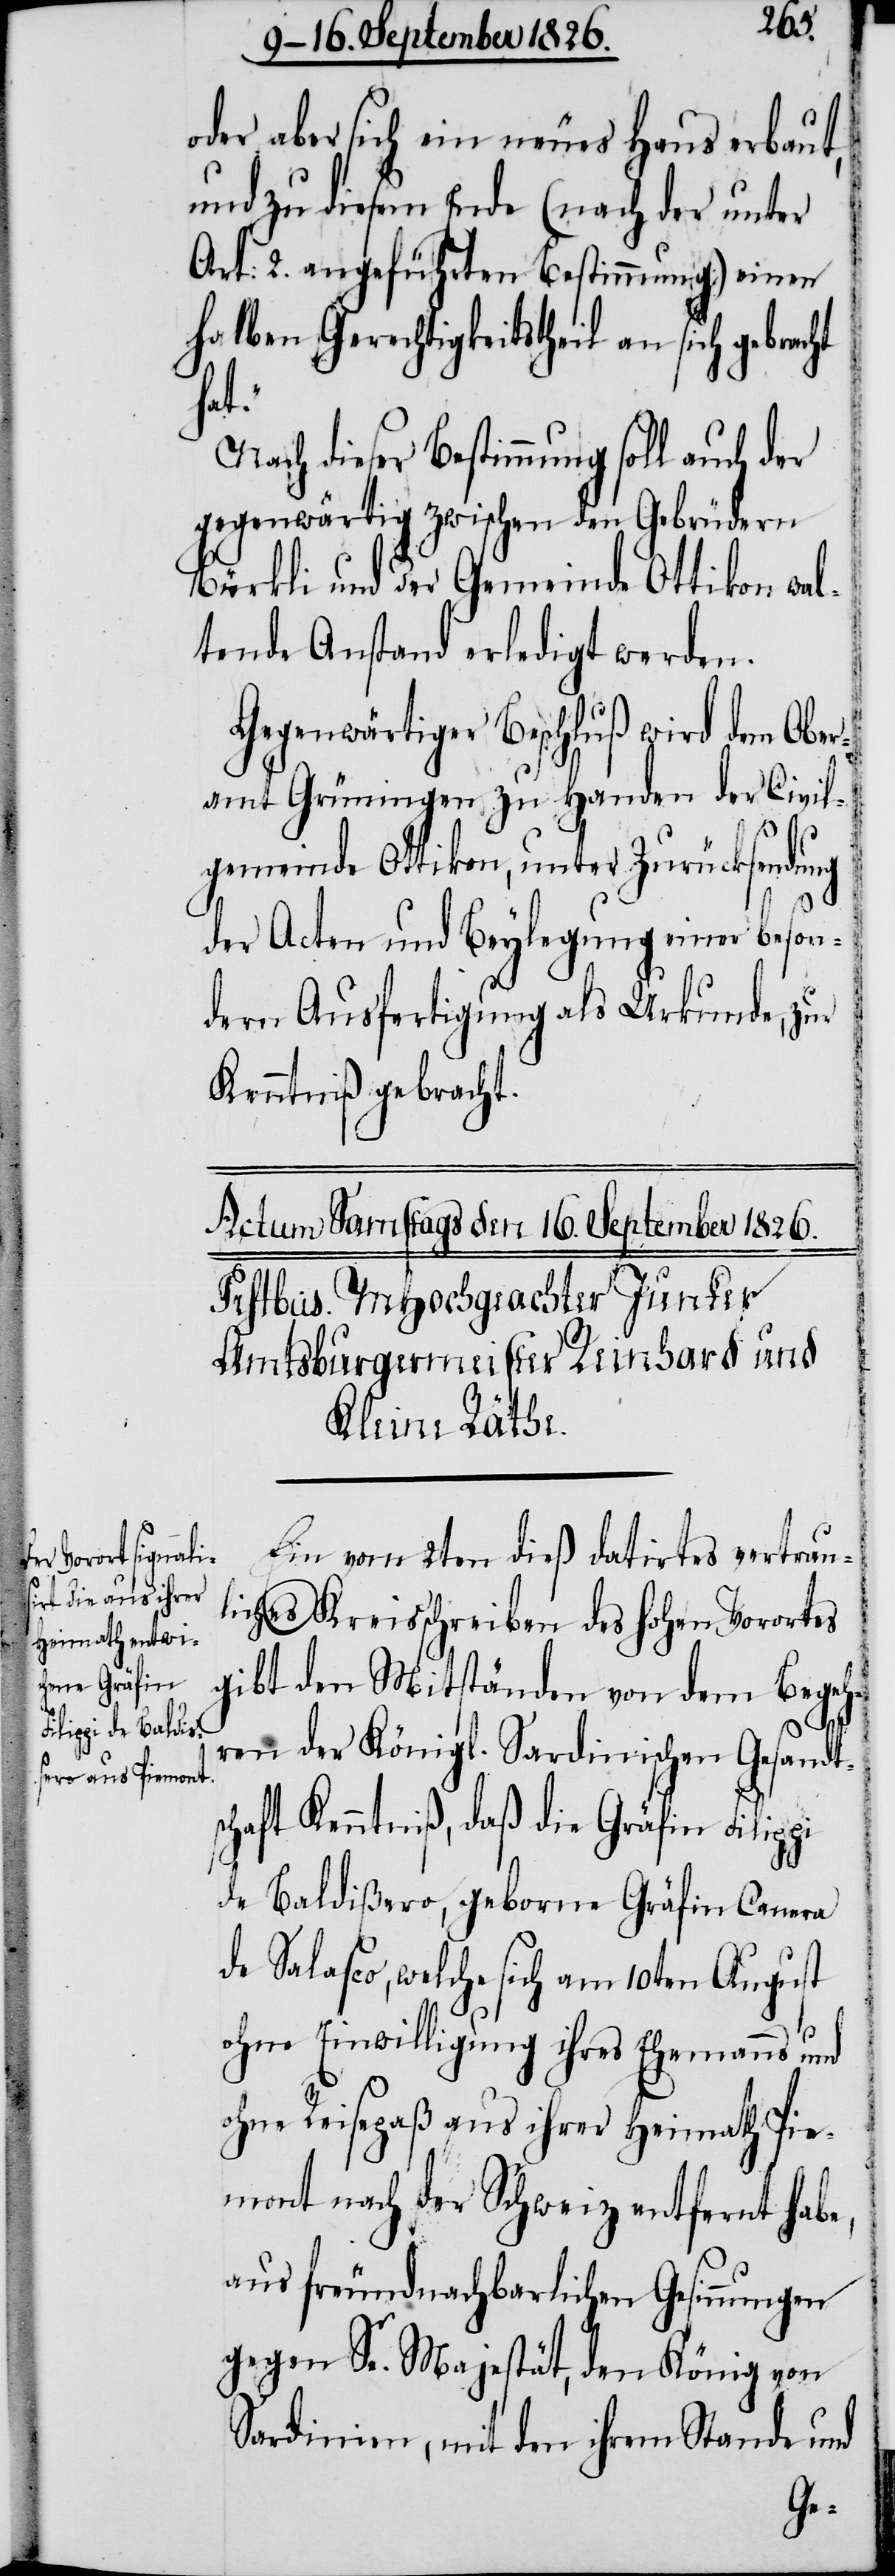
oder aber sich ein neues Haus erbaut,
und zu diesem Ende (nach der unter
Art: 2. angeführten Bestimmung) einen
halben Gerechtigkeitstheil an sich gebracht
hat.“
Nach dieser Bestimmung soll auch der
gegenwärtig zwischen den Gebrüdern
Bürkli und der Gemeinde Ottikon wal¬
tende Anstand erledigt werden.
Gegenwärtiger Beschluß wird dem Ober¬
amt Grüningen zu Handen der Civil¬
gemeinde Ottikon, unter Zurücksendung
der Acten und Beylegung einer beson¬
dern Ausfertigung als Urkunde, zur
Kenntniß gebracht.
Ein vom 2ten dieß datirtes vertrau¬
liches Kreisschreiben des hohen Vorortes
gibt den Mitständen von dem Begeh¬
ren der Königl. Sardinischen Gesandt¬
schaft Kenntniß, daß die Gräfin Filippi
de Baldißero, geborne Gräfin Canera
de Salasco, welche sich am 10ten August
ohne Einwilligung ihres Ehemanns und
ohne Reisepaß aus ihrer Heimath Pie¬
mont nach der Schweiz entfernt habe,
aus freundnachbarlichen Gesinnungen
gegen Se. Majestät, den König von
Sardinien, mit den ihrem Stande und